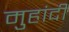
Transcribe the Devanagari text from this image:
मुहांदी